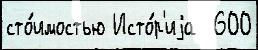
сто́имостью Исто́р'иjа  600